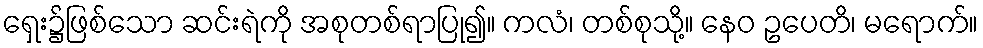
ရှေး၌ဖြစ်သော ဆင်းရဲကို အစုတစ်ရာပြု၍။ ကလံ၊ တစ်စုသို့။ နေဝ ဥပေတိ၊ မရောက်။